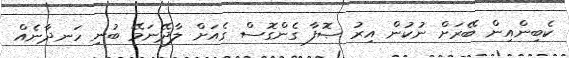
ކެބިންއިން ބޭރަށް ނުކުން އިރު ޞޮފާ ގެންގޮސް ގެއަށް ލާދޭނަމޭ ބުނި ހަނދާނެއް